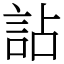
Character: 詀